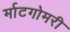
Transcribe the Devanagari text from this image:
र्माटगोमरी